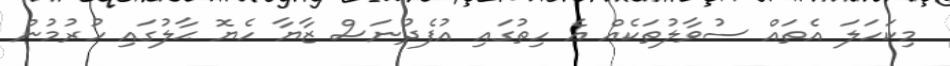
މިކަހަލަ އެތައް ސުވާލުތަކެއް އެ ހިތުގައި އުފެދުނަސް ޒާޔާ ހެޔޮ ޙާލުގައި ހުރުމުން